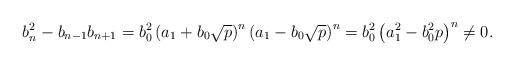
LaTeX: \begin{align*}b_n^2-b_{n-1}b_{n+1} =b_0^2\left( a_1+b_0\sqrt{p}\right)^n\left(a_1-b_0\sqrt{p}\right)^n =b_0^2\left( a_1^2-b_0^2p\right)^n \not=0.\end{align*}